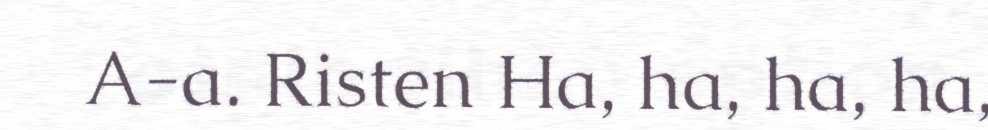
A-a. Risten Ha, ha, ha, ha,